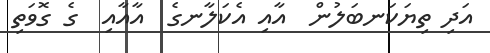
އަދި ތިޔަކަނބަލުން  އާއި އެކަލާނގެ  އާއާއި  ގެ ގޮވަތި